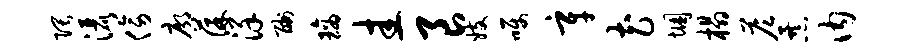
隈洒傍廓葆详酬璃圭良妓嘱辛花悃榻答暴内